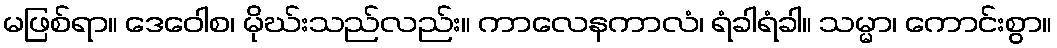
မဖြစ်ရာ။ ဒေဝေါစ၊ မိုဃ်းသည်လည်း။ ကာလေနကာလံ၊ ရံခါရံခါ။ သမ္မာ၊ ကောင်းစွာ။